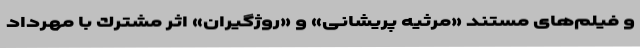
و فيلم‌های مستند «مرثيه پريشانی» و «روژگيران» اثر مشترك با مهرداد